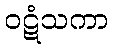
ဝဋံသကာ